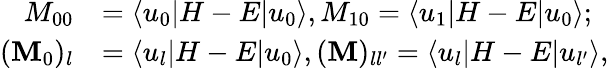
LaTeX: \begin{array}{rl}{M_{00}}&{=\langle u_{0}|H-E|u_{0}\rangle,M_{10}=\langle u_{1}|H-E|u_{0}\rangle;}\\ {(\mathbf{M}_{0})_{l}}&{=\langle u_{l}|H-E|u_{0}\rangle,(\mathbf{M})_{ll^{\prime}}=\langle u_{l}|H-E|u_{l^{\prime}}\rangle,}\end{array}